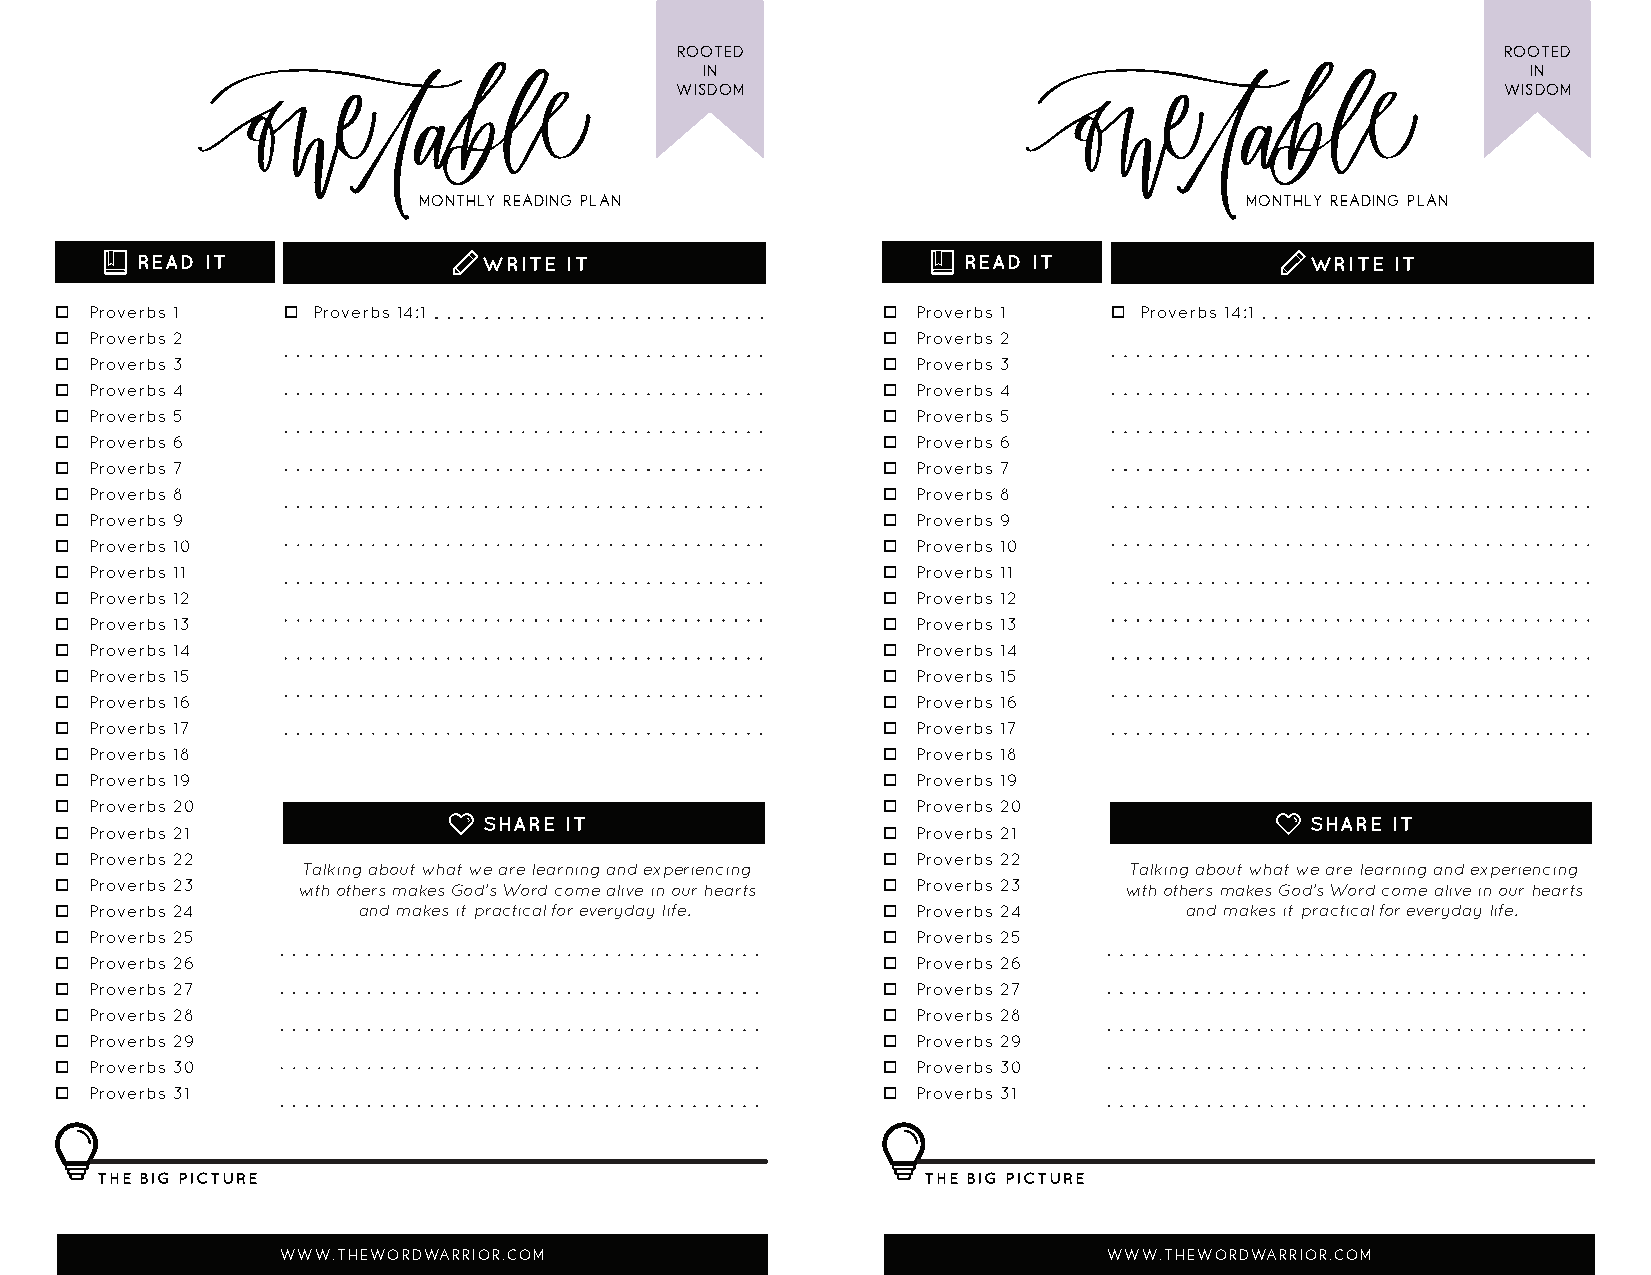
ROOTED                                                 ROOTED
 IN                                                     IN
 WISDOM                                                WISDOM
 MONTHLY READING PLAN                                  MONTHLY READING PLAN
 READ IT                WRITE IT                        READ IT                WRITE IT
  Proverbs 1    Proverbs 14:1                          Proverbs 1    Proverbs 14:1
  Proverbs 2                                            Proverbs 2
  Proverbs 3                                            Proverbs 3
  Proverbs 4                                            Proverbs 4
  Proverbs 5                                            Proverbs 5
  Proverbs 6                                            Proverbs 6
  Proverbs 7                                            Proverbs 7
  Proverbs 8                                            Proverbs 8
  Proverbs 9                                            Proverbs 9
  Proverbs 10                                           Proverbs 10
  Proverbs 11                                           Proverbs 11
  Proverbs 12                                           Proverbs 12
  Proverbs 13                                           Proverbs 13
  Proverbs 14                                           Proverbs 14
  Proverbs 15                                           Proverbs 15
  Proverbs 16                                           Proverbs 16
  Proverbs 17                                           Proverbs 17
  Proverbs 18                                           Proverbs 18
  Proverbs 19                                           Proverbs 19
  Proverbs 20                                           Proverbs 20
 SHARE IT                                               SHARE IT
  Proverbs 21                                           Proverbs 21
  Proverbs 22                                           Proverbs 22
 Talking about what we are learning and experiencing    Talking about what we are learning and experiencing
  Proverbs 23   with others makes God’s Word come alive in our hearts  Proverbs 23 with others makes God’s Word come alive in our hearts
  Proverbs 24       and makes it practical for everyday life.  Proverbs 24 and makes it practical for everyday life.
  Proverbs 25                                           Proverbs 25
  Proverbs 26                                           Proverbs 26
  Proverbs 27                                           Proverbs 27
  Proverbs 28                                           Proverbs 28
  Proverbs 29                                           Proverbs 29
  Proverbs 30                                           Proverbs 30
  Proverbs 31                                           Proverbs 31
 THE BIG PICTURE                                        THE BIG PICTURE
 WWW.THEWORDWARRIOR.COM                                WWW.THEWORDWARRIOR.COM